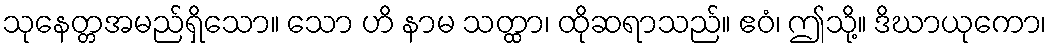
သုနေတ္တအမည်ရှိသော။ သော ဟိ နာမ သတ္ထာ၊ ထိုဆရာသည်။ ဧဝံ၊ ဤသို့။ ဒိဃာယုကော၊